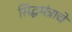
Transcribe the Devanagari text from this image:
सिद्धमंत्राचे